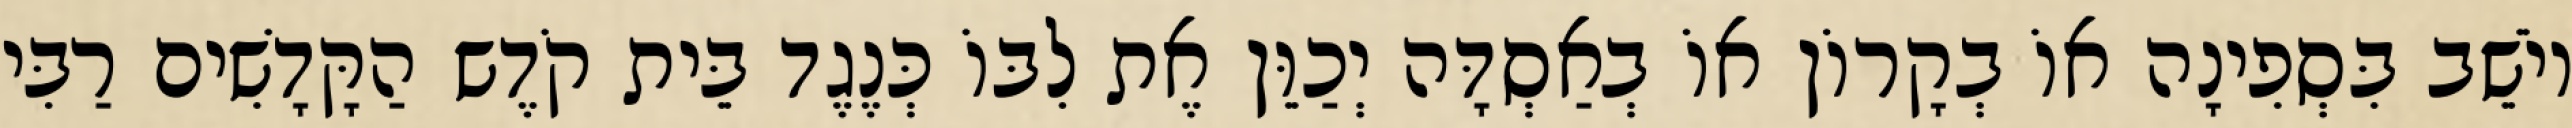
יוֹשֵׁב בִּסְפִינָה אוֹ בְקָרוֹן אוֹ בְאַסְדָּה יְכַוֵּן אֶת לִבּוֹ כְּנֶגֶד בֵּית קֹדֶש הַקָּדָשִׁים רַבִּי